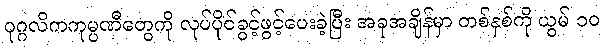
ပုဂ္ဂလိကကုမ္ပဏီတွေကို လုပ်ပိုင်ခွင့်ဖွင့်ပေးခဲ့ပြီး အခုအချိန်မှာ တစ်နှစ်ကို ယွမ် ၁၀